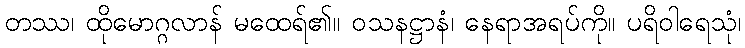
တဿ၊ ထိုမောဂ္ဂလာန် မထေရ်၏။ ဝသနဋ္ဌာနံ၊ နေရာအရပ်ကို။ ပရိဝါရေသုံ၊